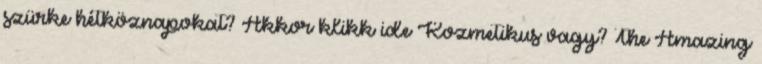
szürke hétköznapokat? Akkor klikk ide Kozmetikus vagy? The Amazing